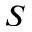
S